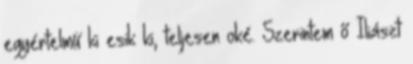
egyértelmű ki esik ki, teljesen oké. Szerintem ő Iliászt